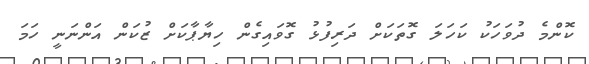
ކޮންމެ ދުވަހަކު ކަހަލަ ގޮތަކަށް ދަރިފުޅު ގޮވައިގެން ހިޔާޕާކަށް ޒުކަން އަންނަނީ ހަމަ